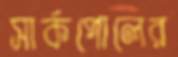
সার্কপোলের